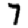
Digit: 7